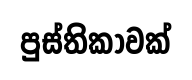
පුස්තිකාවක්